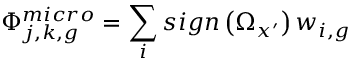
\Phi _ { j , k , g } ^ { m i c r o } = \sum _ { i } s i g n \left( \Omega _ { x ^ { \prime } } \right) w _ { i , g }